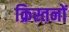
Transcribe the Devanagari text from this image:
क्रिस्तनों